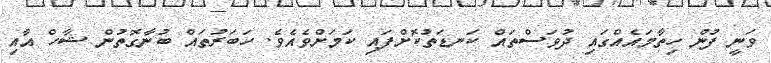
ވަނީ ފުން ހިތާމައެއްގައި ދުވަސްތައް ކަނޑަތުކޮށްފައި ކަމަށްވެއެވެ. ހަބަރުތައް ބުނާގޮތުން ޝާހް އާއިި